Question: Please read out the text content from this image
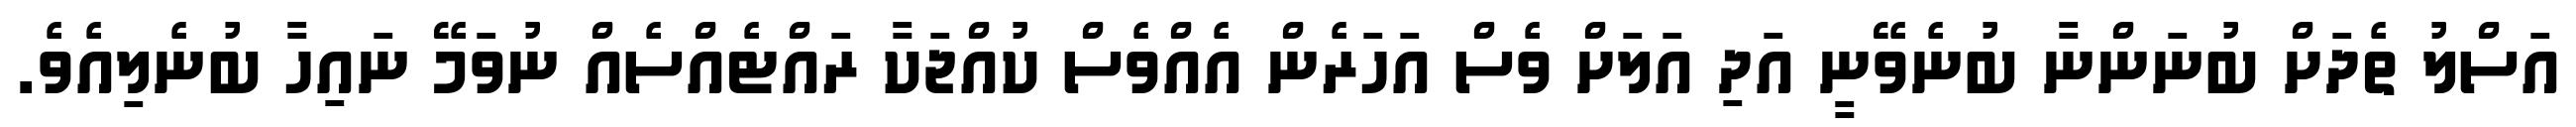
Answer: އަސްލު ތެދަށް ބުނަންނާ ބުނެވޭނީ އަދި އަލަށް ވެސް އަހަރެން އެއްވެސް ކުއްޖަކާ ރައްޓެއްސެއް ނުވަމޭ ނައިހާ ބުނެލިއެވެ.